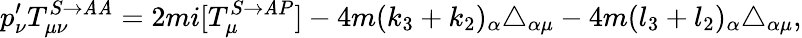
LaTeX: p_{\nu}^{\prime}T_{\mu\nu}^{S\rightarrow\mathit{A}\mathit{A}}=2mi[T_{\mu}^{S\rightarrow\mathit{A}P}]-4m(k_{3}+k_{2})_{\alpha}\triangle_{\alpha\mu}-4m(l_{3}+l_{2})_{\alpha}\triangle_{\alpha\mu},